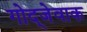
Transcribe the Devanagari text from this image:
गोद्जेवाक